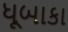
ધૂબાકા